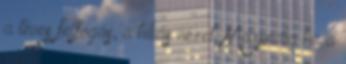
a téves felfogás, a hibás nézet. Márpedig ha a